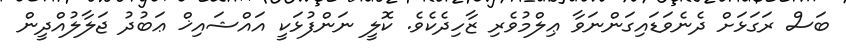
ބަސް ރަގަޅަށް ދެނެވަޑައިގަންނަވާ ޢިލްމުވެރި ޒާހިދެކެވެ. ކޮލީ ނަންފުޅަކީ އައްޝައިޚް ޢަބުދު ޖަލާލުއްދީން